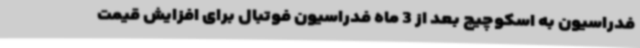
فدراسیون به اسکوچیچ بعد از 3 ماه فدراسیون فوتبال برای افزایش قیمت